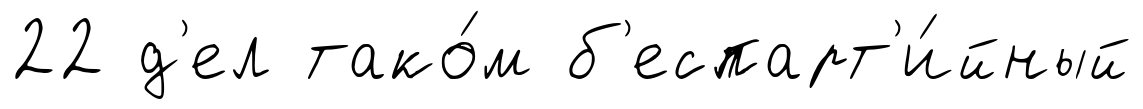
22 д'ел тако́м б'еспарт'и́йный